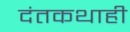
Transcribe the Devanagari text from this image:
दंतकथाही